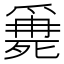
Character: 𣩖